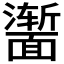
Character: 𬰣